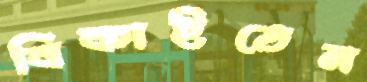
বিকাইতেন